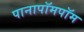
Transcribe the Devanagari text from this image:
पानापॉमपॉम